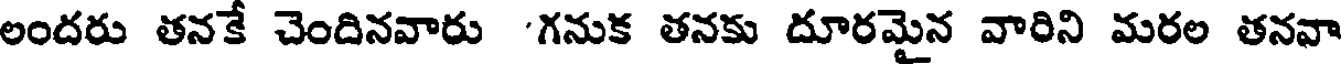
లందరు తనకే చెందినవారు 'గనుక తనకు దూరమైన వారిని మరల తనవా